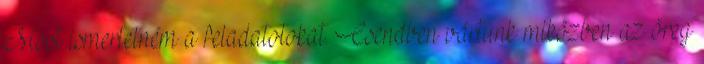
Most ismertetném a feladatotokat. Csendben vártunk miközben az öreg